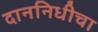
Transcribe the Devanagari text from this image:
दाननिधीचा